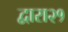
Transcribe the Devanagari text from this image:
द्वारा२१